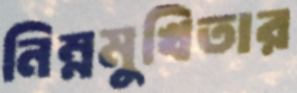
নিম্নমুখিতার